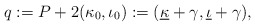
\begin{align*}q:=P+2 (\kappa_{ 0}, \iota_{ 0}):=(\underline{ \kappa} + \gamma, \underline{ \iota}+ \gamma),\end{align*}